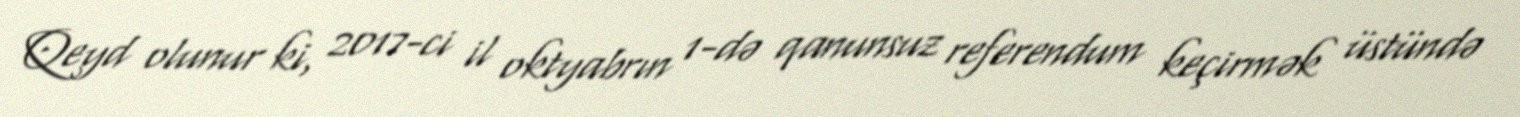
Qeyd olunur ki, 2017-ci il oktyabrın 1-də qanunsuz referendum keçirmək üstündə